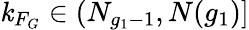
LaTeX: \mathit{k}_{F_{G}}\in(N_{g_{1}-1},N(g_{1})]